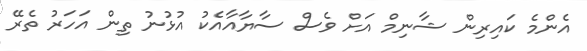
އެންމެ ކައިރިން ޝާނިމް އަށް ވެސް ސާޔާއާއެކު އުޅުނު ތިން އަހަރު ތެރޭ